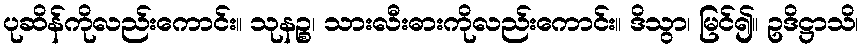
ပုဆိန်ကိုလည်းကောင်း။ သုနဉ္စ၊ သားလီးဓားကိုလည်းကောင်း။ ဒိသွာ၊ မြင်၍။ ဥဒိဋ္ဌာသိ၊